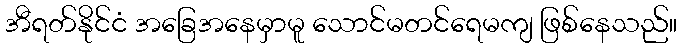
အီရတ်နိုင်ငံ အခြေအနေမှာမူ သောင်မတင်ရေမကျ ဖြစ်နေသည်။